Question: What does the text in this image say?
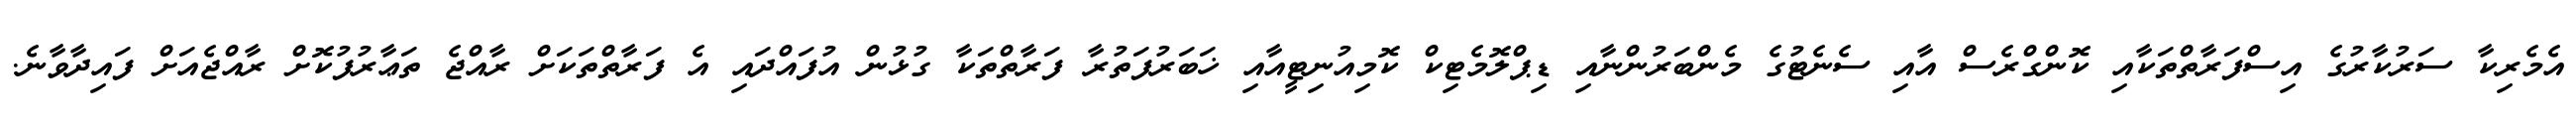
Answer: އެމެރިކާ ސަރުކާރުގެ އިސްފަރާތްތަކާއި ކޮންގްރެސް އާއި ސެނެޓުގެ މެންބަރުންނާއި ޑިޕްލޮމެޓިކް ކޮމިއުނިޓީއާއި ޚަބަރުފަތުރާ ފަރާތްތަކާ ގުޅުން އުފައްދައި އެ ފަރާތްތަކަށް ރާއްޖެ ތަޢާރުފުކޮށް ރާއްޖެއަށް ފައިދާވާނެ.